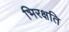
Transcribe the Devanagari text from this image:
भिरक्षति